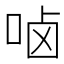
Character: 𠳱